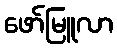
ဖော်မြူလာ